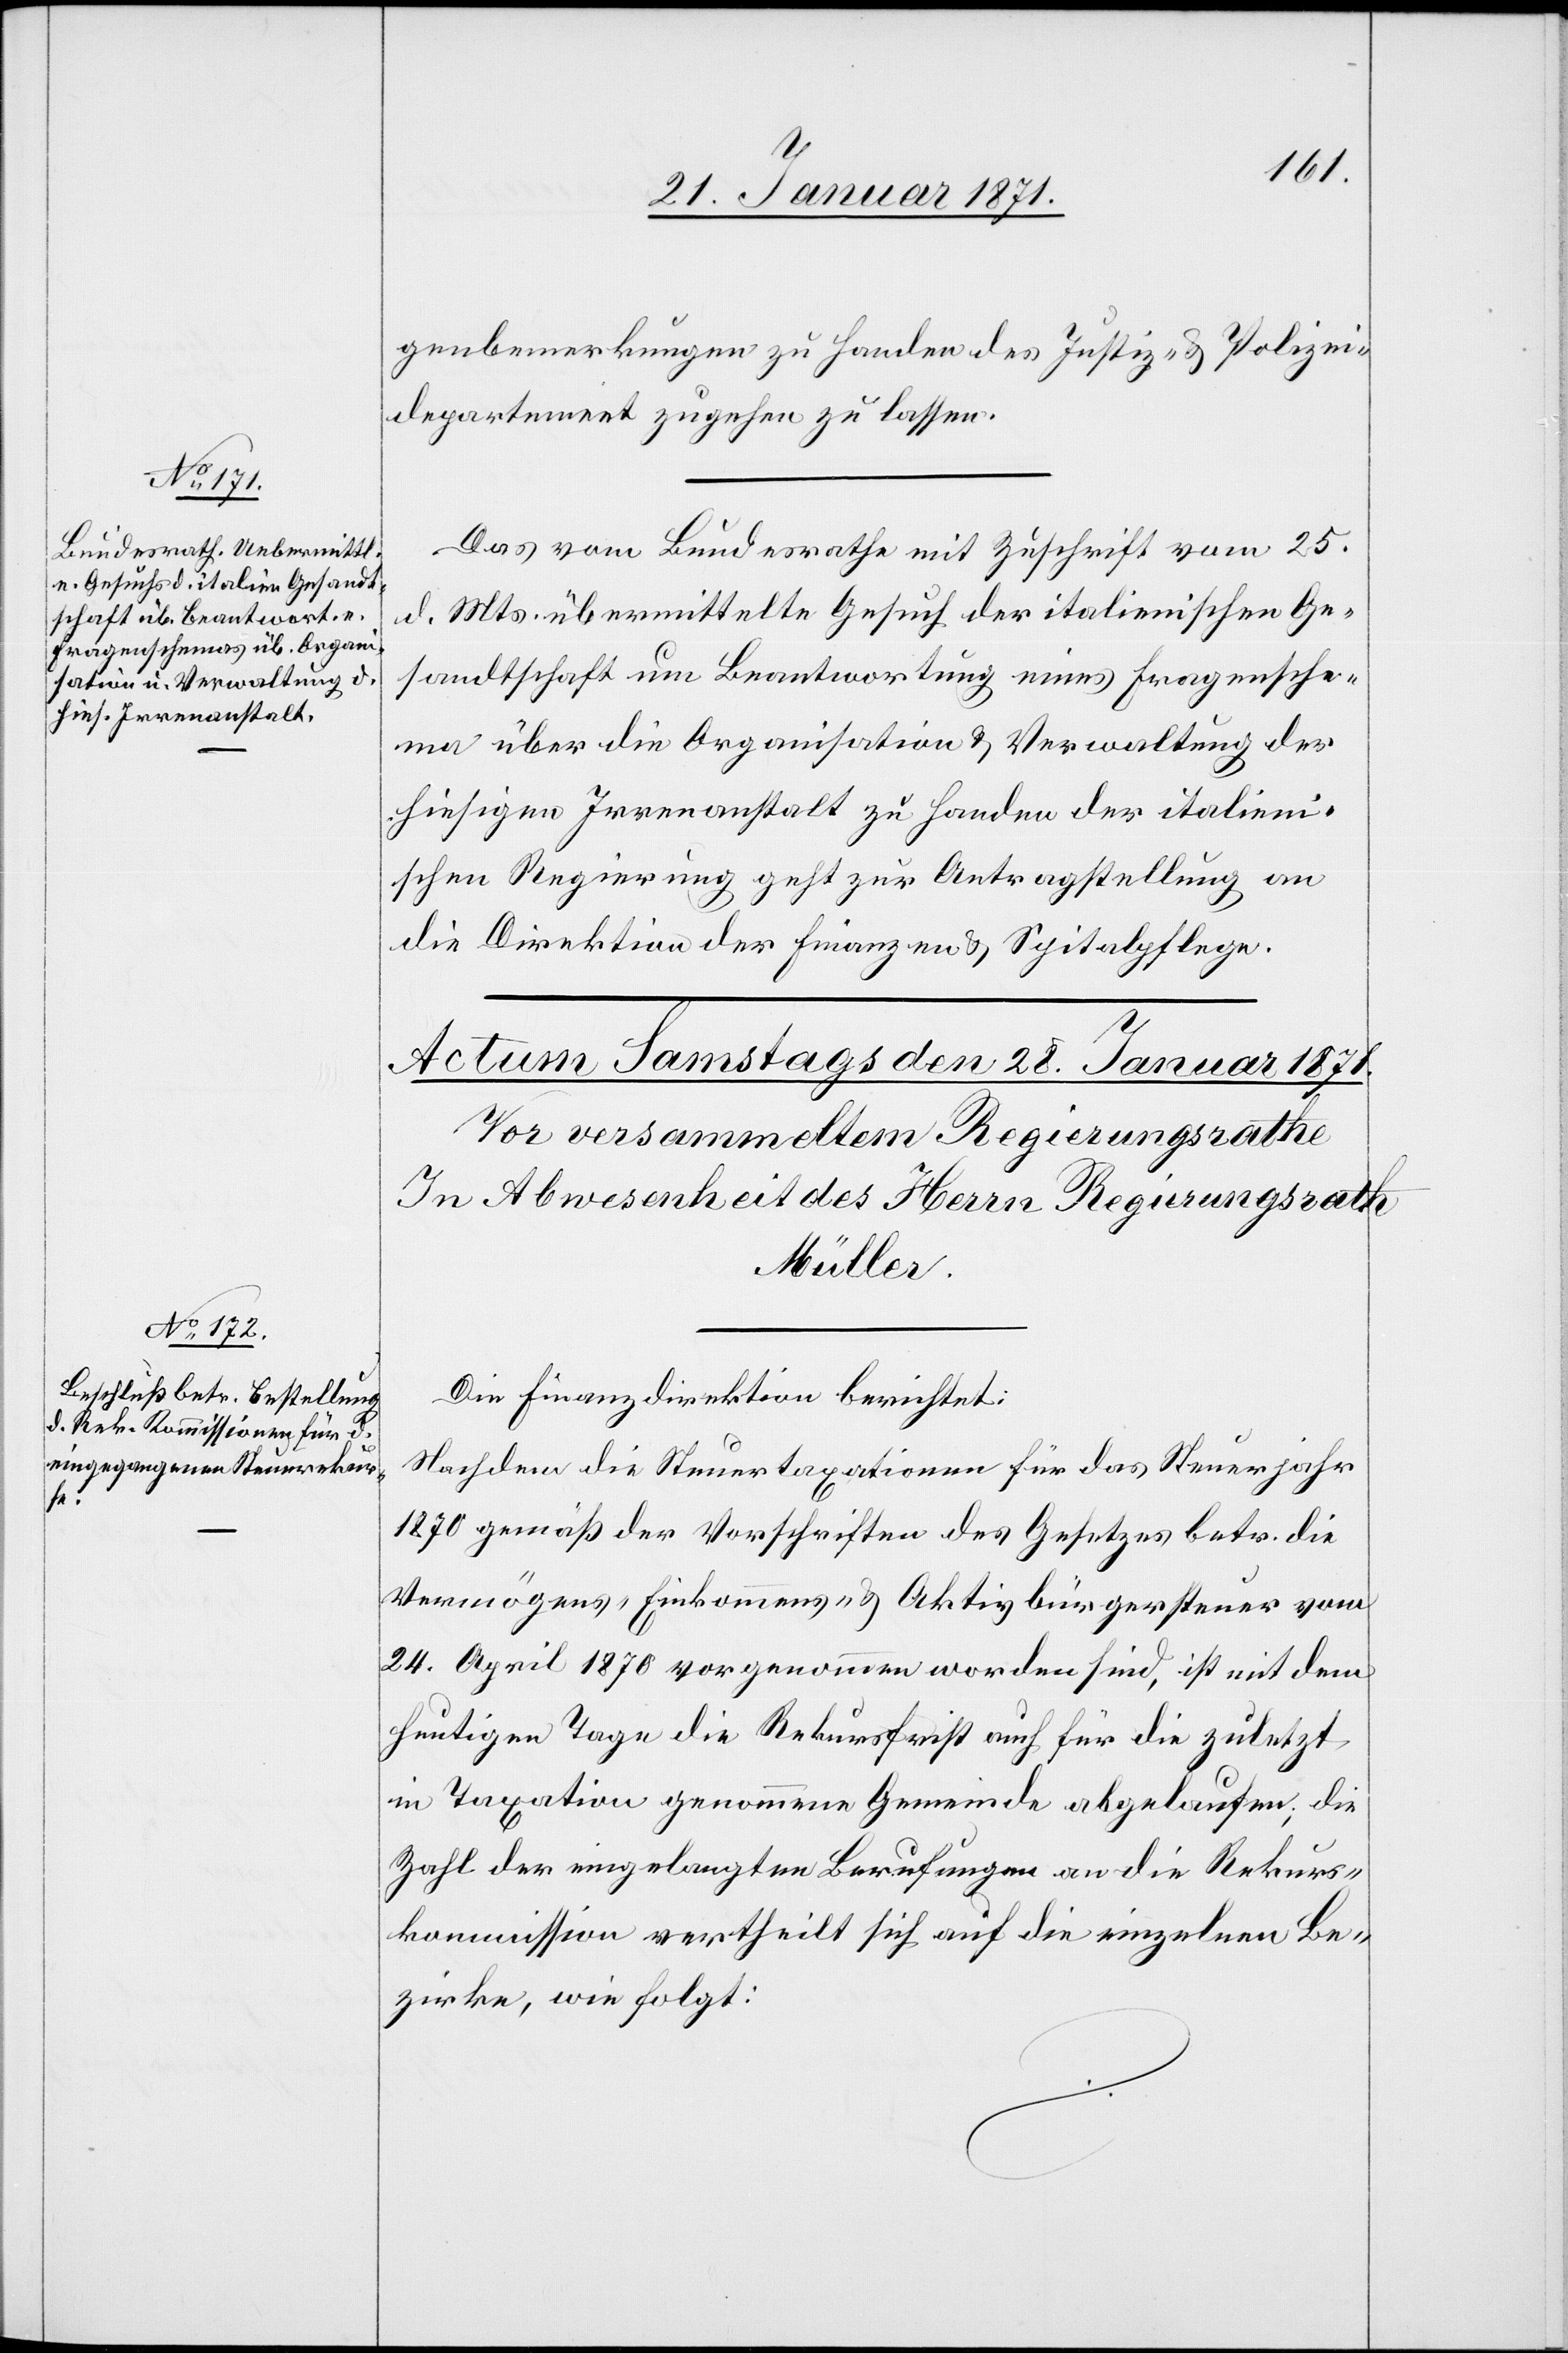
27. Januar 1871.]
genbemerkungen zu Handen des Justiz- u. Polizei¬
department zugehen zu lassen.
Das vom Bundesrathe mit Zuschrift vom 25.
d. Mts übermittelte Gesuch der italienischen Ge¬
sandtschaft um Beantwortung eines Fragensche¬
ma über die Organisation u. Verwaltung der
hiesigen Irrenanstalt zu Handen der italieni¬
schen Regierung geht zur Antragstellung an
die Direktion der Finanzen u. Spitalpflege.
Die Finanzdirektion berichtet:
Nachdem die Steuertaxationen für das Steuerjahr
1870 gemäß der Vorschriften des Gesetzes betr. die
Vermögens-[,] Einkommens-[,] u. Aktivbürgersteuer vom
24. April 1870 vorgenommen worden sind, ist mit dem
heutigen Tage die Rekursfrist auch für die zuletzt
in Taxation genommene Gemeinde abgelaufen; die
Zahl der eingelangten Berufungen an die Rekurs¬
kommission vertheilt sich auf die einzelnen Be¬
zirke, wie folgt: